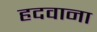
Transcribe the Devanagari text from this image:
हदवाना